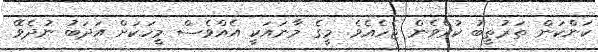
ކަންކަން ތަރުތީބު ކުރެވެން ޖެހެއެވެ. މީގެ މާނައަކީ އެއްވެސް މީހަކަށް އަދަބު ނުދެވޭ